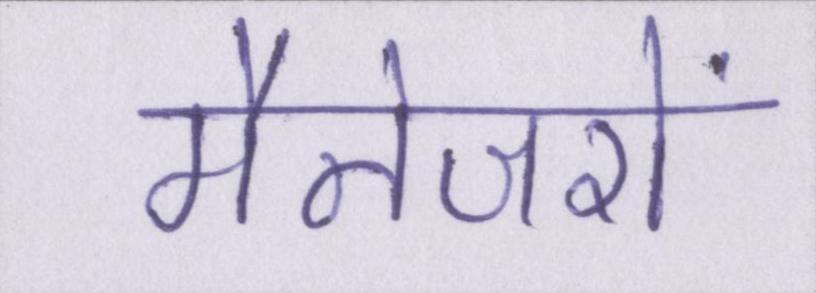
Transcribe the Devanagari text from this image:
मैनेजरों